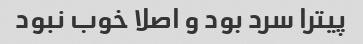
پیترا سرد بود و اصلا خوب نبود